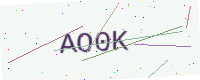
Text: AO0K